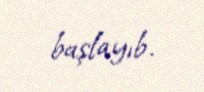
başlayıb.